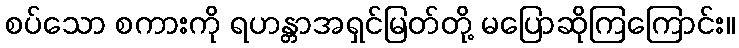
စပ်သော စကားကို ရဟန္တာအရှင်မြတ်တို့ မပြောဆိုကြကြောင်း။